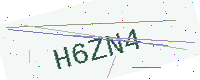
Text: H6ZN4